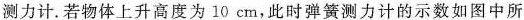
簧测力计。若物体上升高度为10cm，此时弹簧测力计的示数如图中所